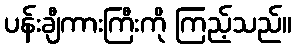
ပန်းချီကားကြီးကို ကြည့်သည်။